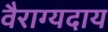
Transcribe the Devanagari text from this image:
वैराग्यदाय